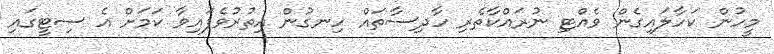
މީހުން ކަހާލައިގެން ވެއްޓި ނުރައްކާތެރި ހާދިސާތައް ހިނގުން އިތުރުވެފައިވާ ކަމަށް އެ ސިޓީގައި